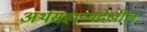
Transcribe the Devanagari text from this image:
अर्थसहाय्यदेखील